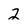
Character: 2